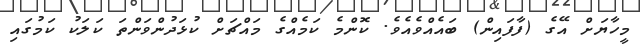
މީހާޔަށް އޭގެ (ފާފައިން) ބައެއްވެއެވެ. ކޮންމެ ކަމެއްގެ މައްޗަށް ކުޅަދުންވަންތަ ކަލަކު ކަމުގައި